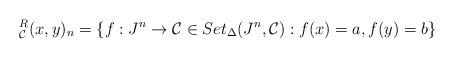
LaTeX: \begin{align*}^R_{\mathcal{C}}(x,y)_n= \{ f: J^n \to \mathcal{C} \in Set_{\Delta}(J^n, \mathcal{C}) : f(x)=a, f(y)=b\}\end{align*}